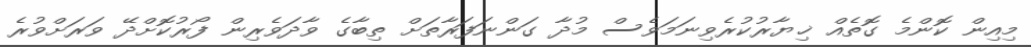
މިއިން ކޮންމެ ގޮތެއް ޚިޔާރުކުރެވިނަމަވެސް މުދާ ގަންނަފަރާތަށް ތިބާގެ ވާދަވެރިން ފޯރުކޮށްދޭ ވަރަށްވުރެ